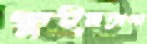
কুইনতানা